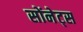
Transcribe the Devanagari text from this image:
सोंनेट्स